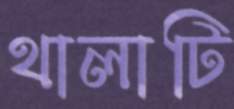
থালাটি